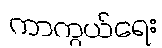
ကာကွယ်ရေး